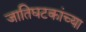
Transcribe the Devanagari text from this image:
जातिघटकांच्या